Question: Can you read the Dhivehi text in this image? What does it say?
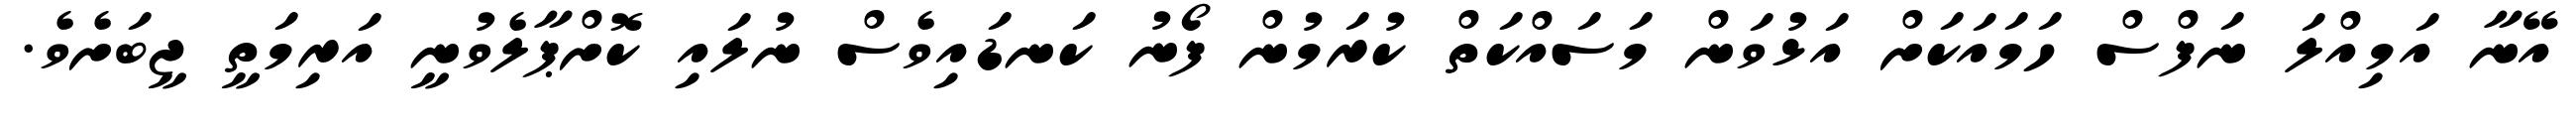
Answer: އޭނާ އަމިއްލަ ނަފްސް ހަމައަކަށް އަޅުވަން މަސައްކަތް ކުރަމުން ފޯނު ކަނޑައިވެސް ނުލައި ކޮށްޕާލެވުނީ އަރިމަތީ ޖީބަށެވެ.